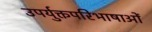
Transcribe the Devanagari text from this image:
उपर्युक्तपरिभाषाओं